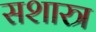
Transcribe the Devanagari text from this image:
सशास्त्र